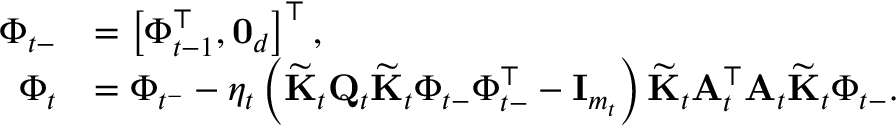
\begin{array} { r l } { \boldsymbol { \Phi } _ { t - } } & { = \left[ \boldsymbol { \Phi } _ { t - 1 } ^ { \top } , \mathbf { 0 } _ { d } \right] ^ { \top } , } \\ { \boldsymbol { \Phi } _ { t } } & { = \boldsymbol { \Phi } _ { t ^ { - } } - \eta _ { t } \left( \widetilde { \mathbf { K } } _ { t } \mathbf { Q } _ { t } \widetilde { \mathbf { K } } _ { t } \boldsymbol { \Phi } _ { t - } \boldsymbol { \Phi } _ { t - } ^ { \top } - \mathbf { I } _ { m _ { t } } \right) \widetilde { \mathbf { K } } _ { t } \mathbf { A } _ { t } ^ { \top } \mathbf { A } _ { t } \widetilde { \mathbf { K } } _ { t } \boldsymbol { \Phi } _ { t - } . } \end{array}